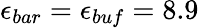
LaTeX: \epsilon_{bar}=\epsilon_{buf}=8.9